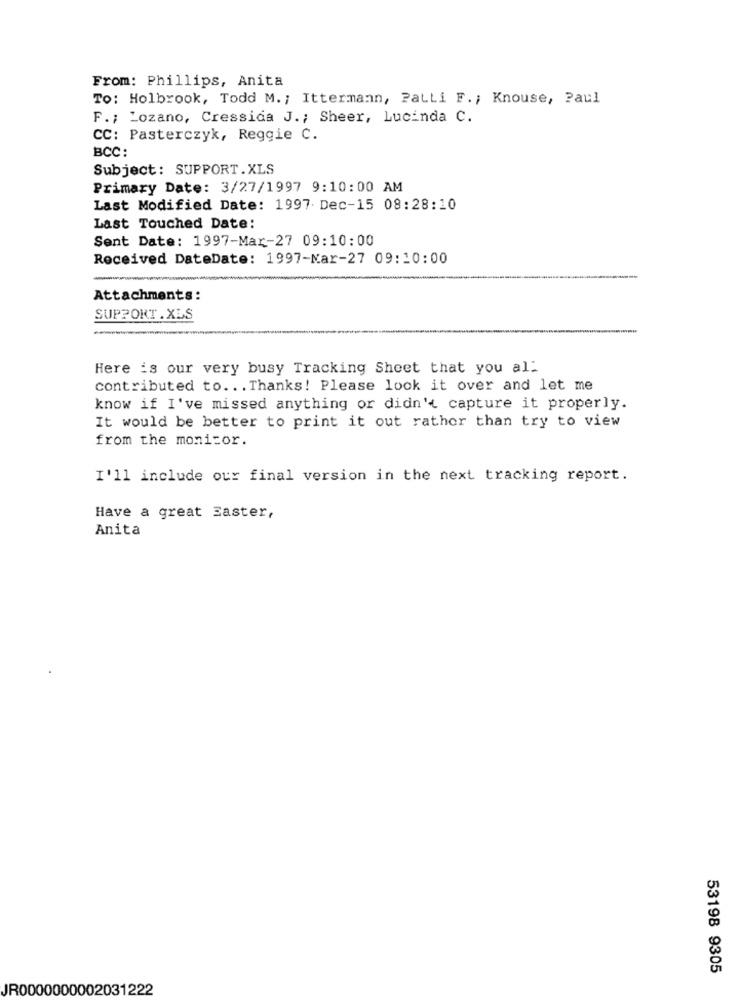
From: Phillips, Anita
To: Holbrook, Todd M. ; Ittermann, PatLi F .; Knouse, Paul
F .; Lozano, Cressida J .; Sheer, Lucinda C.
CC: Pasterczyk, Reggie C.
BCC:
Subject: SUPPORT.XLS
Primary Date: 3/27/1997 9:10:00 AM
Last Modified Date: 1997. Dec-15 08:28:10
Last Touched Date:
Sent Date: 1997-Mar-27 09:10:00
Received DateDate: 1997-Mar-27 09:10:00
Attachments:
SUPPORT.XLS
Here is our very busy Tracking Sheet that you all
contributed to ... Thanks! Please look it over and let me
know if I've missed anything or didn't capture it properly.
It would be better to print it out rather than try to view
from the monitor.
I'll include our final version in the next tracking report.
Have a great Easter,
Anita
53198 9305
JR0000000002031222